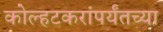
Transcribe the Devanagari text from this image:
कोल्हटकरांपर्यंतच्या